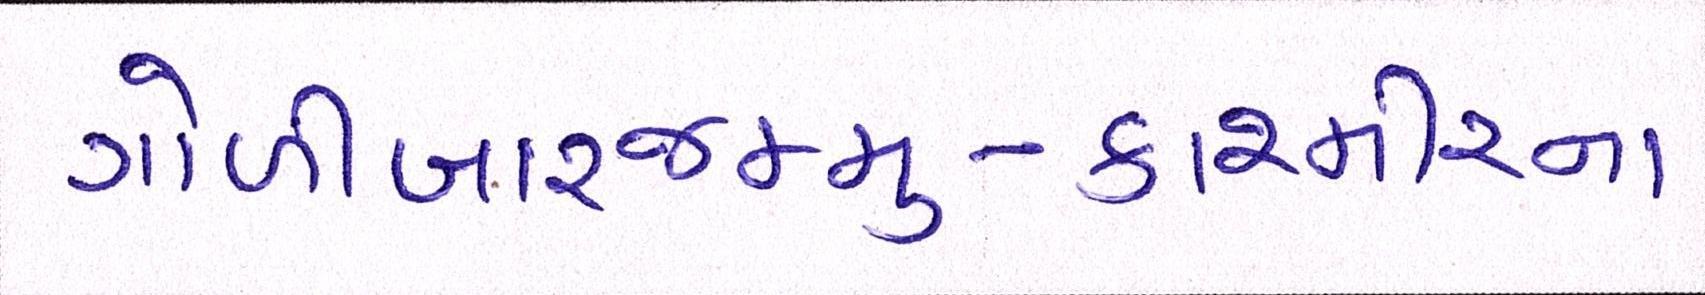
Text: ગોળીબારજમ્મુ-કાશ્મીરના